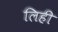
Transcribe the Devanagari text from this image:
लिही